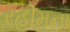
રહીમના